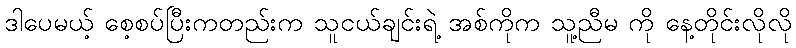
ဒါပေမယ့် စေ့စပ်ပြီးကတည်းက သူငယ်ချင်းရဲ့ အစ်ကိုက သူ့ညီမ ကို နေ့တိုင်းလိုလို